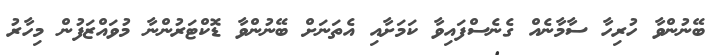
ބޭނުންވާ ހުރިހާ ސާމާނެއް ގެނެސްފައިވާ ކަަމަށާއި އެތަނަށް ބޭނުންވާ ޑޮކްޓަރުންނާ މުވައްޒަފުން މިހާރު